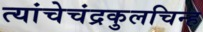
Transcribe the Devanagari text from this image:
त्यांचेचंद्रकुलचिन्ह